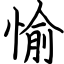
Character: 愉